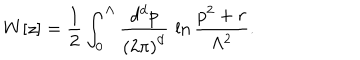
W [ z ] = { \frac { 1 } { 2 } } \int _ { 0 } ^ { \Lambda } { \frac { d ^ { d } p } { { ( 2 \pi ) } ^ { d } } } \, \ln { \frac { p ^ { 2 } + r } { \Lambda ^ { 2 } } } .